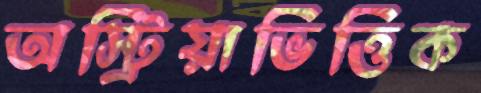
অস্ট্রিয়াভিত্তিক